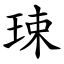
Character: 㻋